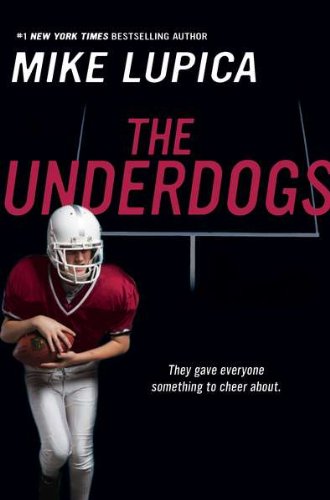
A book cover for The Underdogs; Mike Lupica; Children's Books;